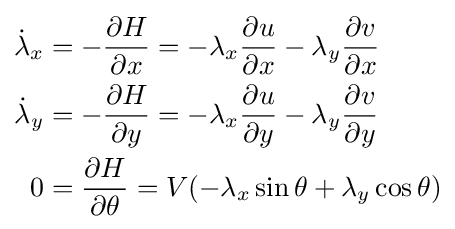
{\begin{aligned}{\dot {\lambda }}_{x}&=-{\frac {\partial H}{\partial x}}=-\lambda _{x}{\frac {\partial u}{\partial x}}-\lambda _{y}{\frac {\partial v}{\partial x}}\\{\dot {\lambda }}_{y}&=-{\frac {\partial H}{\partial y}}=-\lambda _{x}{\frac {\partial u}{\partial y}}-\lambda _{y}{\frac {\partial v}{\partial y}}\\0&={\frac {\partial H}{\partial \theta }}=V(-\lambda _{x}\sin \theta +\lambda _{y}\cos \theta )\end{aligned}}